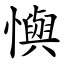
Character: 懙